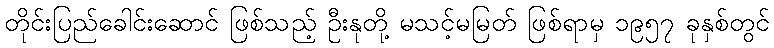
တိုင်းပြည်ခေါင်းဆောင် ဖြစ်သည့် ဦးနုတို့ မသင့်မမြတ် ဖြစ်ရာမှ ၁၉၅၇ ခုနှစ်တွင်